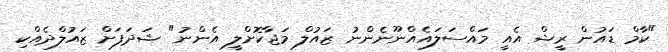
"ކާމް ޑައުން ރީޝް އެއީ މައްސަލައެއްނޫނެންނު ޒައުލް މަޖާކޮށްލީ އެންނު" ޝަދަފަށް ޒައުލްދެއްކި